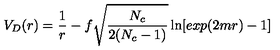
V _ { D } ( r ) = { \frac { 1 } { r } } - f \sqrt { \frac { N _ { c } } { 2 ( N _ { c } - 1 ) } } \ln [ e x p ( 2 m r ) - 1 ] \qquad